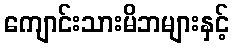
ကျောင်းသားမိဘများနှင့်